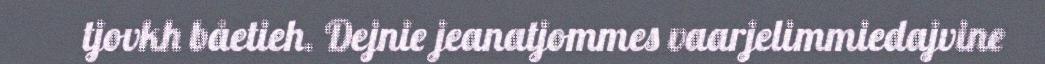
tjovkh båetieh. Dejnie jeanatjommes vaarjelimmiedajvine